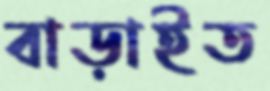
বাড়াইত